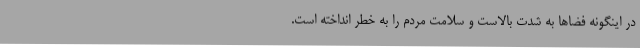
در اینگونه فضاها به شدت بالاست و سلامت مردم را به خطر انداخته است.